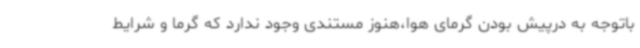
باتوجه به درپیش بودن گرمای هوا،هنوز مستندی وجود ندارد که گرما و شرایط